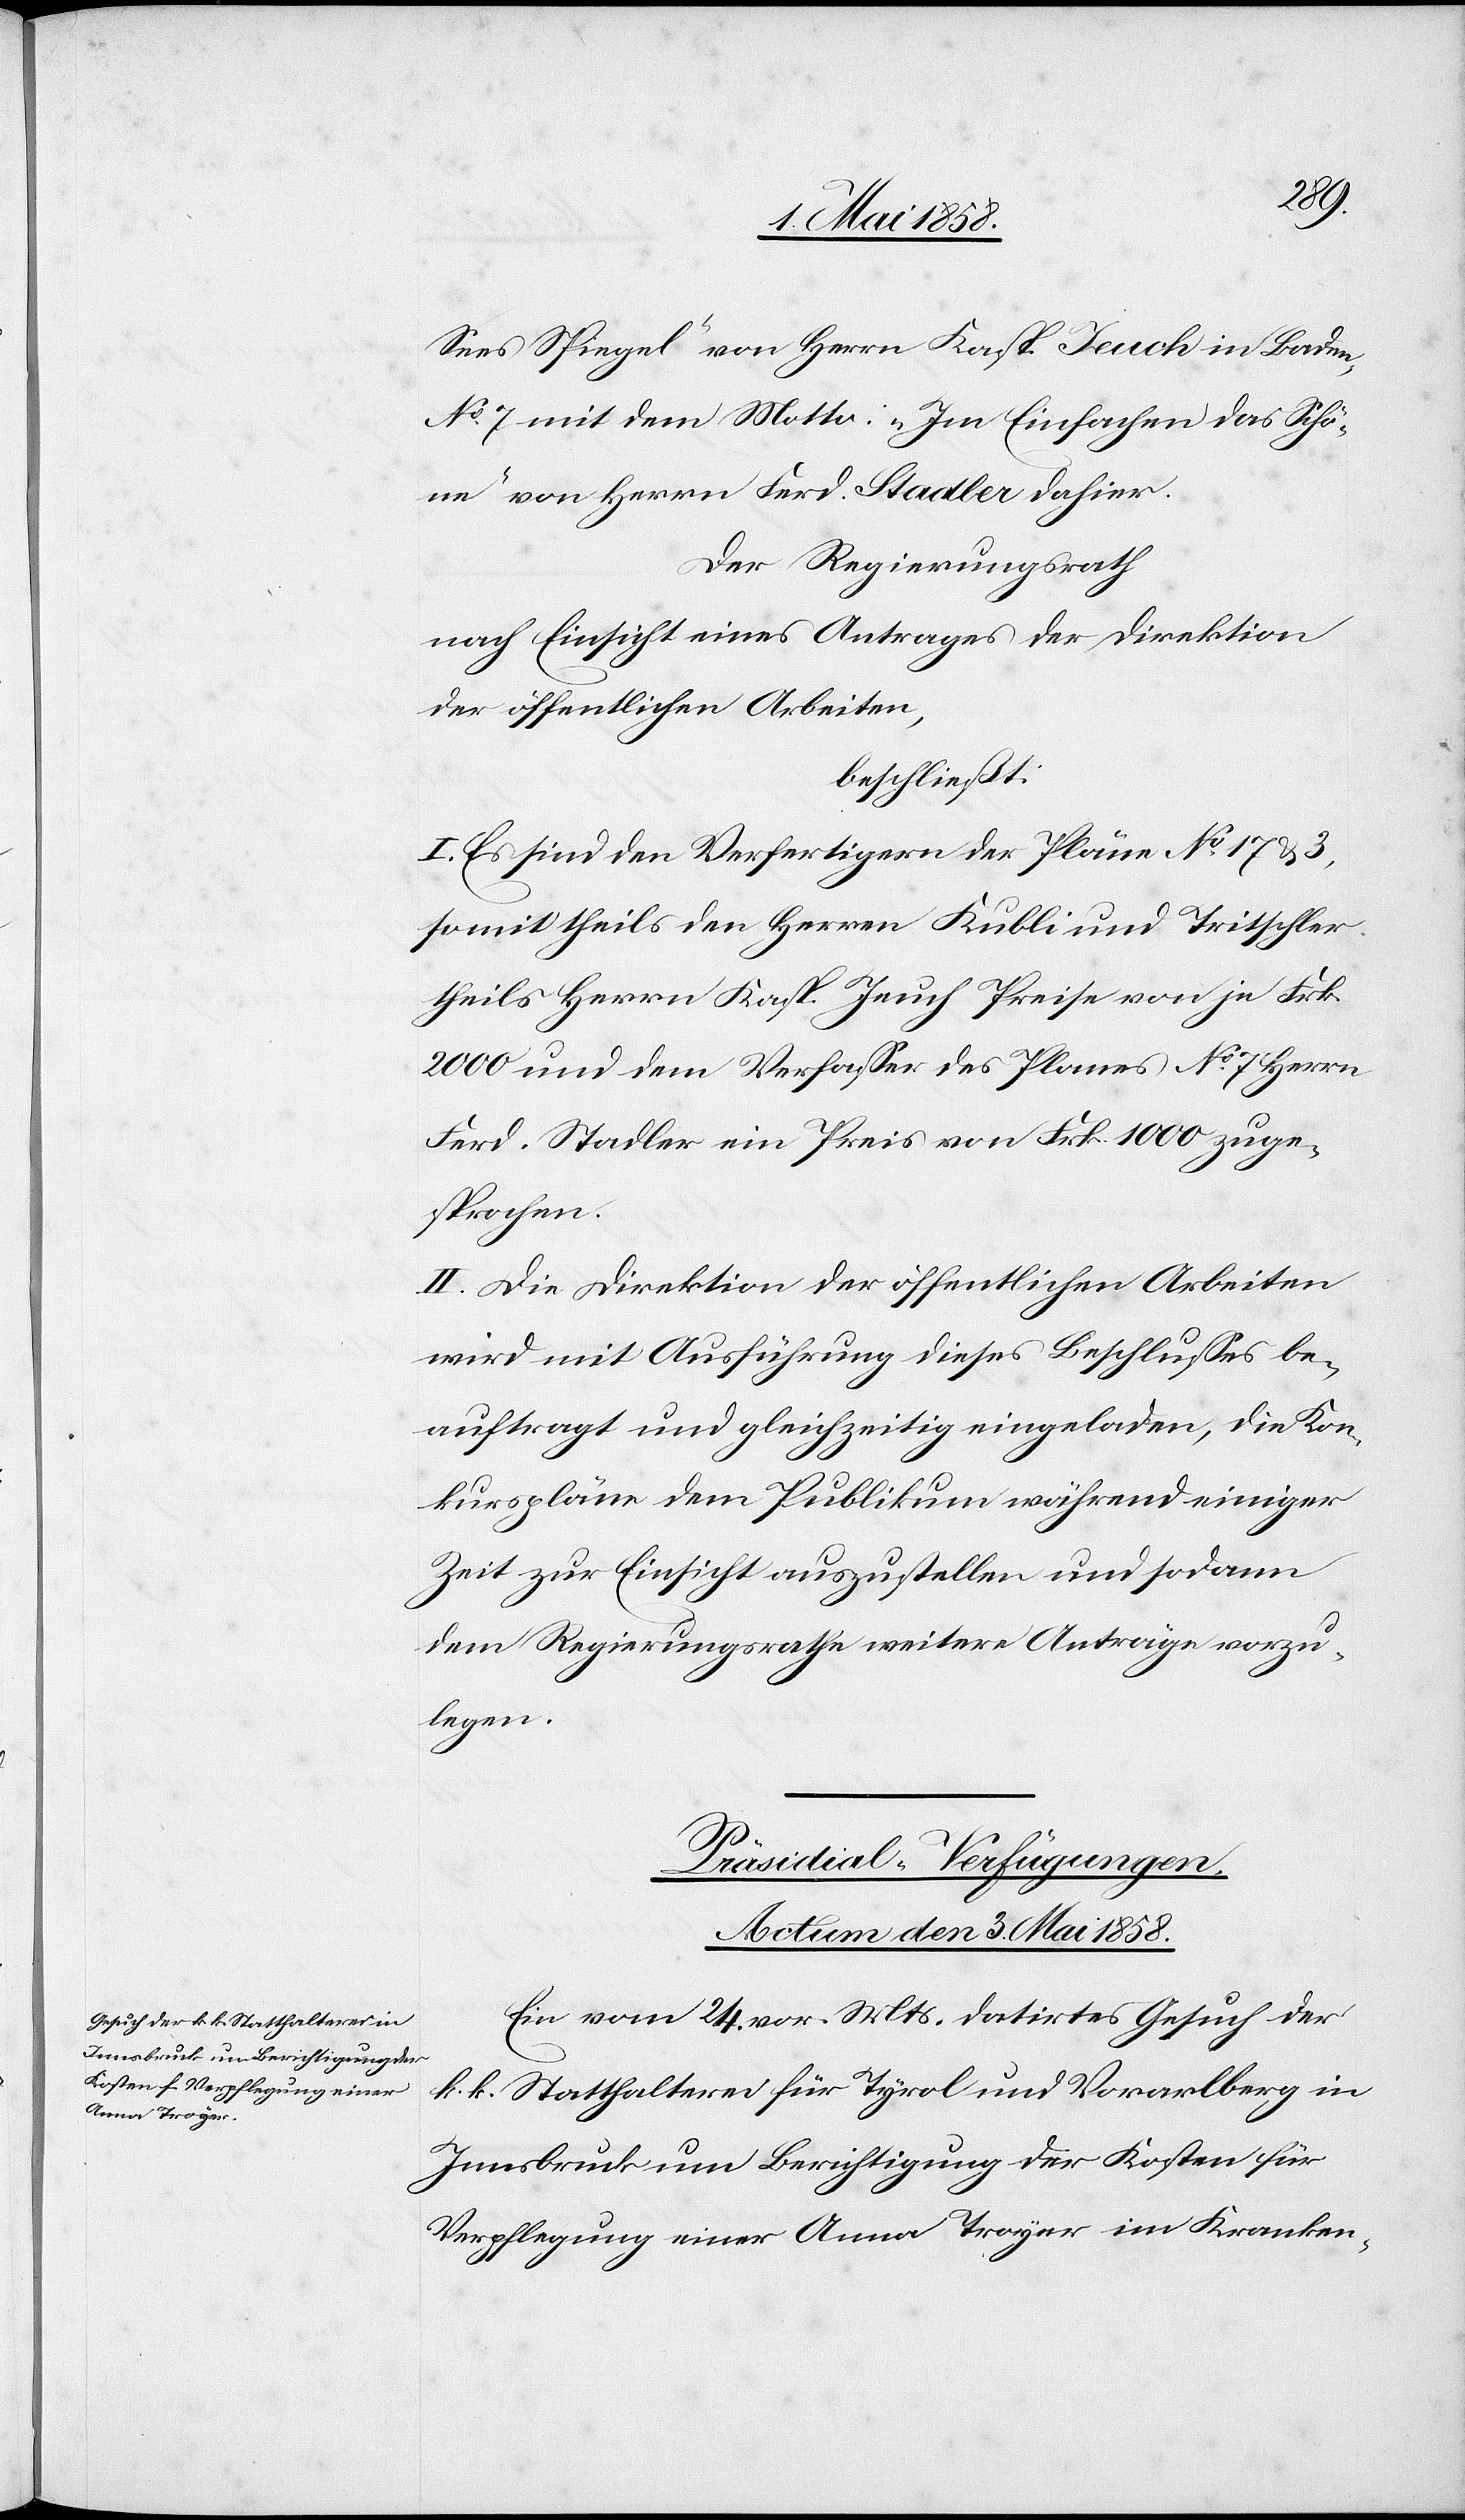
Sees Spiegel“ von Herrn Kasp. Jeuch in Baden,
No 7 mit dem Motto: „Im Einfachen das Schö¬
ne“ von Herrn Ferd. Stadler dahier.
Der Regierungsrath
nach Einsicht eines Antrages der Direktion
der öffentlichen Arbeiten,
beschließt:
I. Es sind den Verfertigern der Pläne No 17 & 3,
somit theils den Herren Kubli und Tritschler,
theils Herrn Kasp. Jeuch Preise von je Frk.
2000 und dem Verfasser des Planes No 7 Herrn
Ferd. Stadler ein Preis von Frk. 1000 zuge¬
sprochen.
II. Die Direktion der öffentlichen Arbeiten
wird mit Ausführung dieses Beschlusses be¬
auftragt und gleichzeitig eingeladen, die Kon¬
kurspläne dem Publikum während einiger
Zeit zur Einsicht auszustellen und sodann
dem Regierungsrathe weitere Anträge vorzu¬
legen.
Präsidial-Verfügungen.
Actum den 3. Mai 1858.
Ein vom 24. vor. Mts. datirtes Gesuch der
k. k. Statthalterei für Tyrol und Vorarlberg in
Innsbruck um Berichtigung der Kosten für
Verpflegung einer Anna Troyer im Kranken-